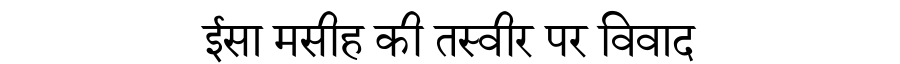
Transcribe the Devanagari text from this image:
ईसा मसीह की तस्वीर पर विवाद